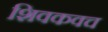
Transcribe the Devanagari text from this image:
शिवकवच